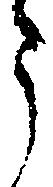
う